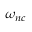
\omega _ { n c }